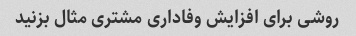
روشی برای افزایش وفاداری مشتری مثال بزنید